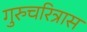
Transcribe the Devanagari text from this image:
गुरुचरित्रास